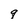
Character: q